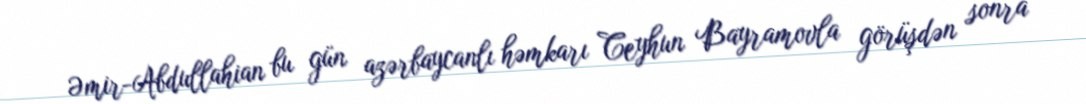
Əmir-Abdullahian bu gün azərbaycanlı həmkarı Ceyhun Bayramovla görüşdən sonra